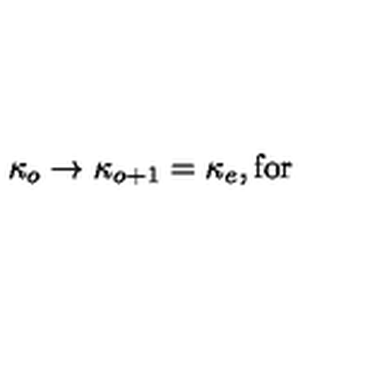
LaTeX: \kappa _ { o } \rightarrow \kappa _ { o + 1 } = \kappa _ { e } , \mathrm { f o r }